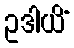
ဥဒါယိံ